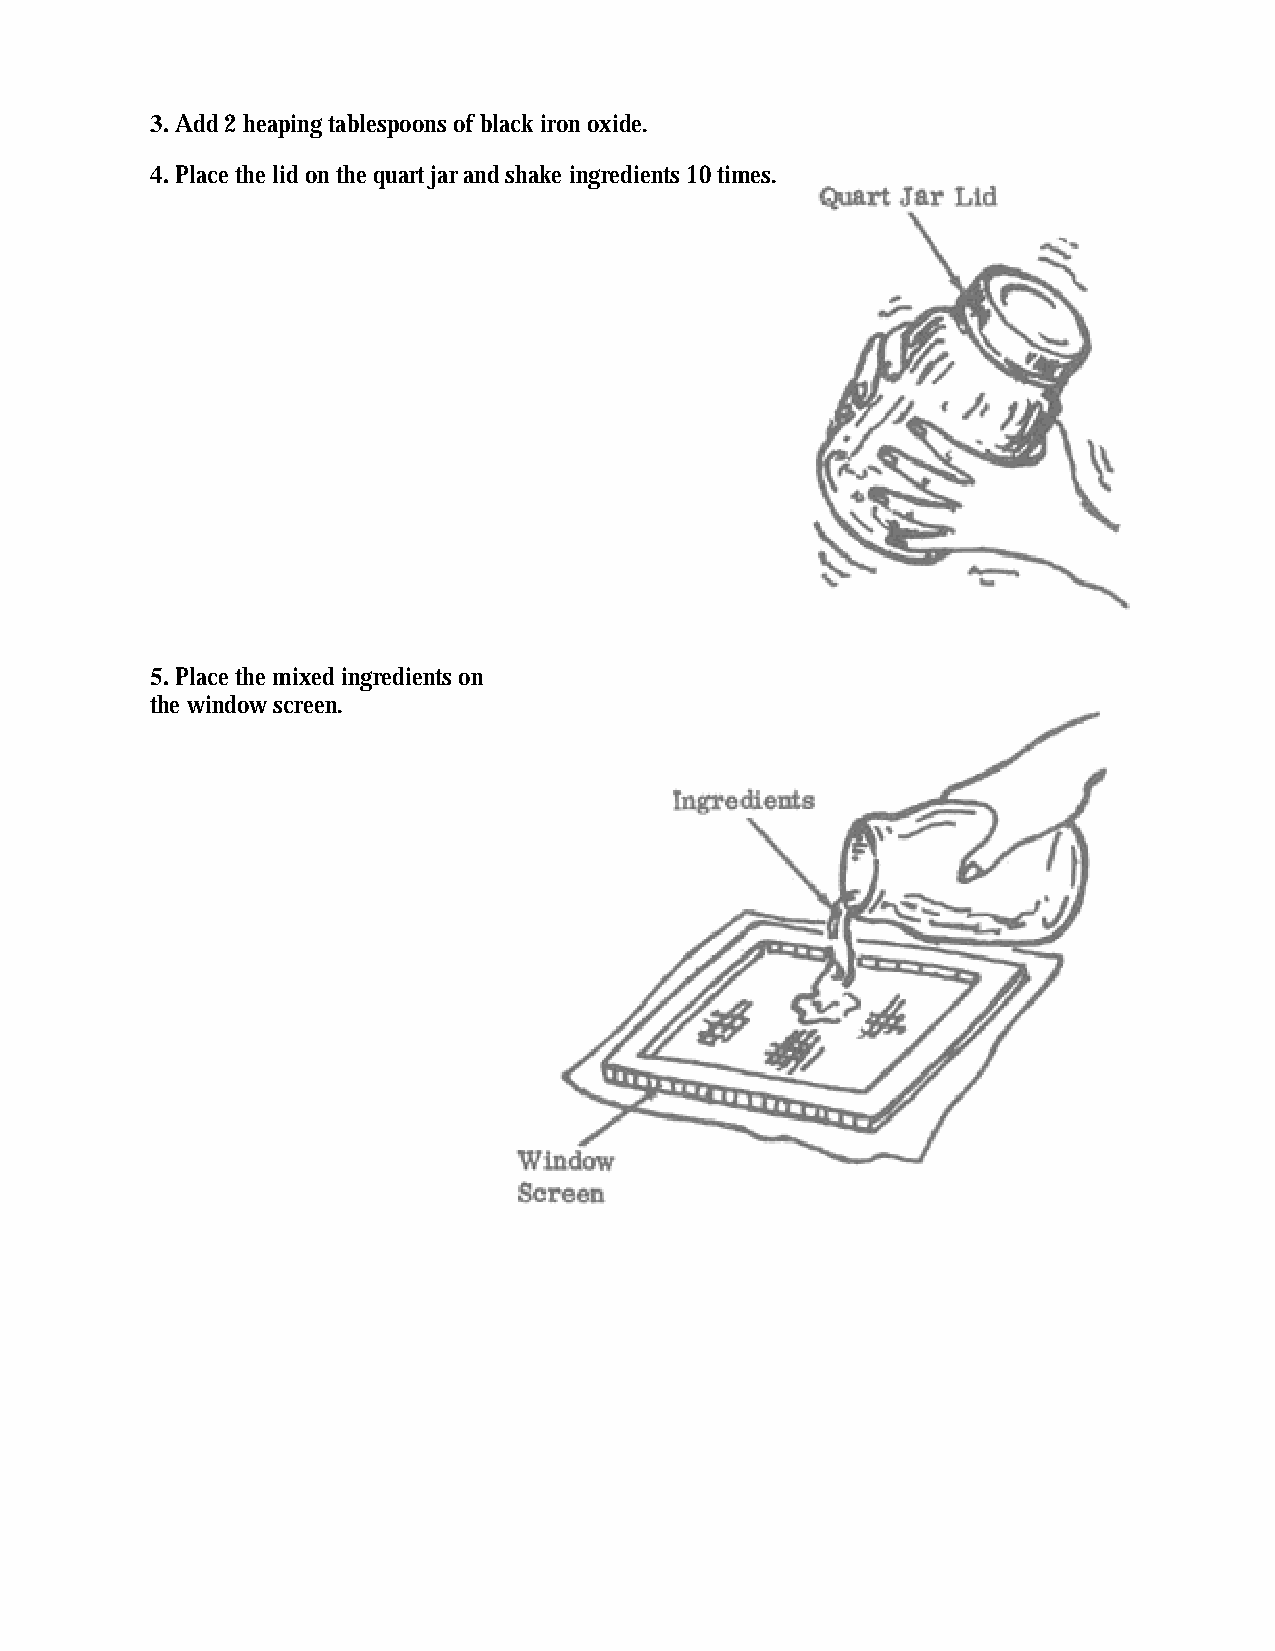
3. Add 2 heaping tablespoons of black iron oxide.
 4. Place the lid on the quart jar and shake ingredients 10 times.
 5. Place the mixed ingredients on
 the window screen.